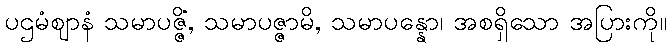
ပဌမံဈာနံ သမာပဇ္ဇိံ, သမာပဇ္ဇာမိ, သမာပန္နော၊ အစရှိသော အပြားကို။